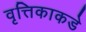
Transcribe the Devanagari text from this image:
वृत्तिकाकडे